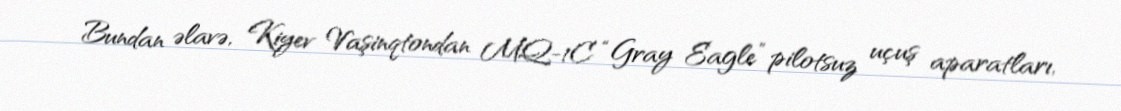
Bundan əlavə, Kiyev Vaşinqtondan MQ-1C “Gray Eagle” pilotsuz uçuş aparatları,